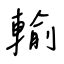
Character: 輸